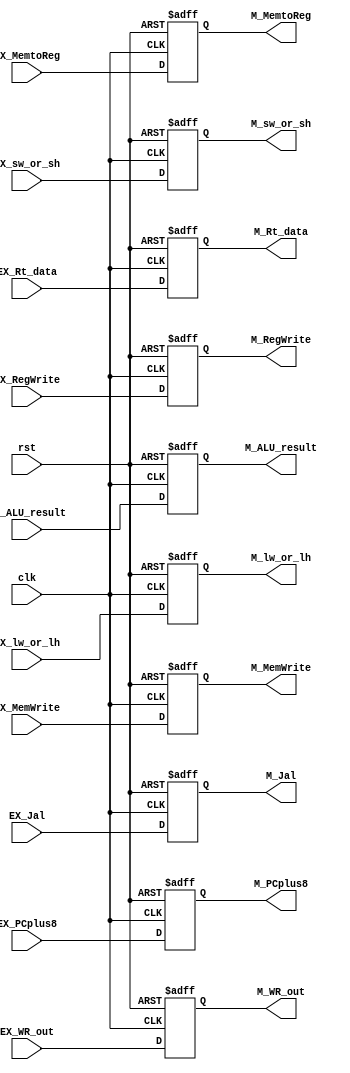
// EX_M

module EX_M ( clk,
			  rst,
			  // input 
			  // WB
			  EX_MemtoReg,
			  EX_RegWrite,
			  // M
			  EX_MemWrite,
			  EX_Jal,
			  EX_lw_or_lh,
			  EX_sw_or_sh,
			  // pipe
			  EX_ALU_result,
			  EX_Rt_data,
			  EX_PCplus8,
			  EX_WR_out,
			  // output
			  // WB
			  M_MemtoReg,
			  M_RegWrite,
			  // M
			  M_MemWrite,
			  M_Jal,
			  M_lw_or_lh,
			  M_sw_or_sh,
			  // pipe
			  M_ALU_result,
			  M_Rt_data,
			  M_PCplus8,
			  M_WR_out			  		  			  
			  );
	
	parameter pc_size = 18;	
	parameter data_size = 32;
	
	input clk, rst;
			  
	// WB		  
	input EX_MemtoReg;
	input EX_RegWrite;
	// M
	input EX_MemWrite;
	input EX_Jal;
	input EX_lw_or_lh;
	input EX_sw_or_sh;
	// pipe		  
	input [data_size-1:0] EX_ALU_result;
	input [data_size-1:0] EX_Rt_data;
	input [pc_size-1:0] EX_PCplus8;
	input [4:0] EX_WR_out;
	
	// WB
	output M_MemtoReg;	
	output M_RegWrite;	
	// M	
	output M_MemWrite;	
	output M_Jal;
	output M_lw_or_lh;
	output M_sw_or_sh;
	// pipe		  
	output [data_size-1:0] M_ALU_result;
	output [data_size-1:0] M_Rt_data;
	output [pc_size-1:0] M_PCplus8;
	output [4:0] M_WR_out;
	
	// write your code in here
	// WB
	reg M_MemtoReg;	
	reg M_RegWrite;	
	// M	
	reg M_MemWrite;
	reg M_Jal;
	reg M_lw_or_lh;
	reg M_sw_or_sh;
	// write your code in here
	// pipe		  
	reg [data_size-1:0] M_ALU_result;
	reg [data_size-1:0] M_Rt_data;
	reg [pc_size-1:0] M_PCplus8;
	reg [4:0] M_WR_out;

	always @(negedge clk or posedge rst) begin
		if (rst) begin
			// WB
			M_MemtoReg   <= 0;	
			M_RegWrite   <= 0;	
			// M
			M_MemWrite   <= 0;
			M_Jal        <= 0;
			M_lw_or_lh   <= 0;
			M_sw_or_sh   <= 0;
			// pipe
			M_ALU_result <= 0;
			M_Rt_data    <= 0;
			M_PCplus8    <= 0;
			M_WR_out     <= 0;
		end
		else begin
			// WB
			M_MemtoReg   <= EX_MemtoReg;	
			M_RegWrite   <= EX_RegWrite;	
			// M
			M_MemWrite   <= EX_MemWrite;
			M_Jal        <= EX_Jal;
			M_lw_or_lh   <= EX_lw_or_lh;
			M_sw_or_sh   <= EX_sw_or_sh;
			// pipe
			M_ALU_result <= EX_ALU_result;
			M_Rt_data    <= EX_Rt_data;
			M_PCplus8    <= EX_PCplus8;
			M_WR_out     <= EX_WR_out;
		end
	end
	
endmodule